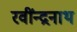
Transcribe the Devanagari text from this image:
रवींन्द्रनाथ